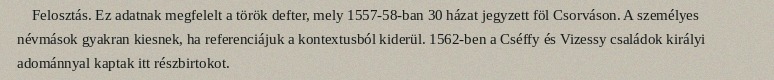
Felosztás. Ez adatnak megfelelt a török defter, mely 1557-58-ban 30 házat jegyzett föl Csorváson. A személyes névmások gyakran kiesnek, ha referenciájuk a kontextusból kiderül. 1562-ben a Cséffy és Vizessy családok királyi adománnyal kaptak itt részbirtokot.